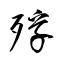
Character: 殍